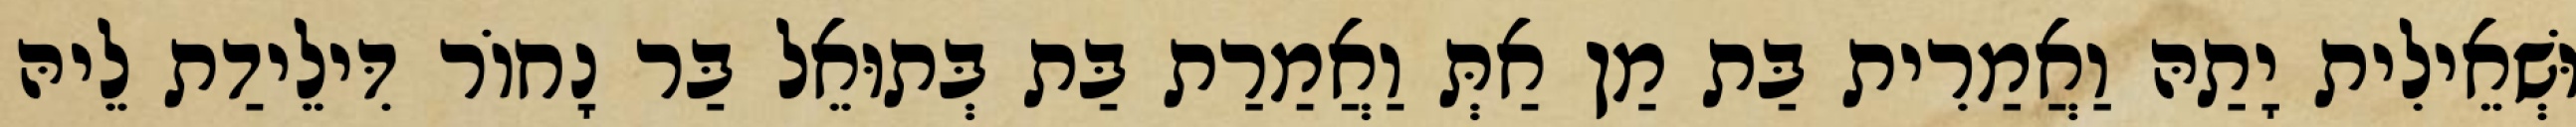
וּשְׁאֵילִית יָתַהּ וַאֲמַרִית בַּת מַן אַתְּ וַאֲמַרַת בַּת בְּתוּאֵל בַּר נָחוֹר דִּילֵידַת לֵיהּ